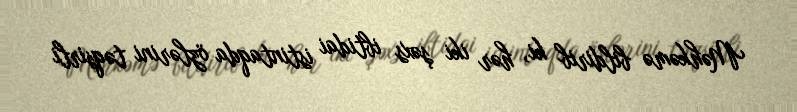
Məhkəmə bildirib ki, hər iki şəxs ibtidai istintaqda özlərini təqsirli